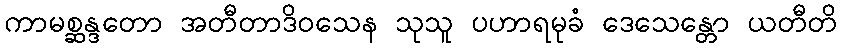
ကာမစ္ဆန္ဒတော အတီတာဒိဝသေန သုသူ ပဟာရမုခံ ဒေသေန္တော ယတီတိ